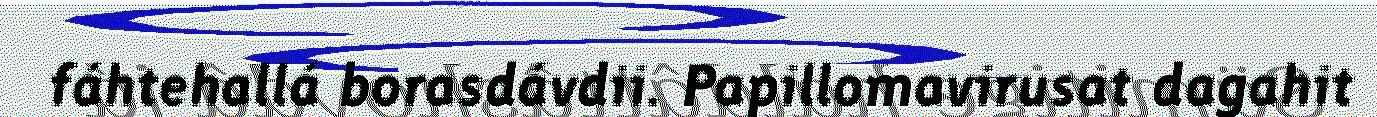
fáhtehallá borasdávdii. Papillomavirusat dagahit